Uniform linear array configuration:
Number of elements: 32
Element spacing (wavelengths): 1
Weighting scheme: cosine
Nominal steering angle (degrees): -60
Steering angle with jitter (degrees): -61.393
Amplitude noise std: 0.05
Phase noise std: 0.05

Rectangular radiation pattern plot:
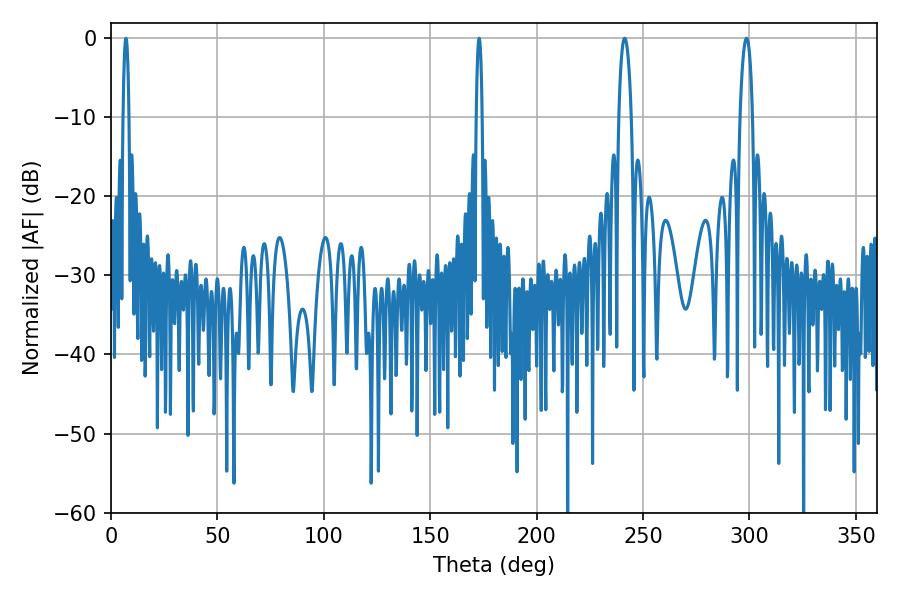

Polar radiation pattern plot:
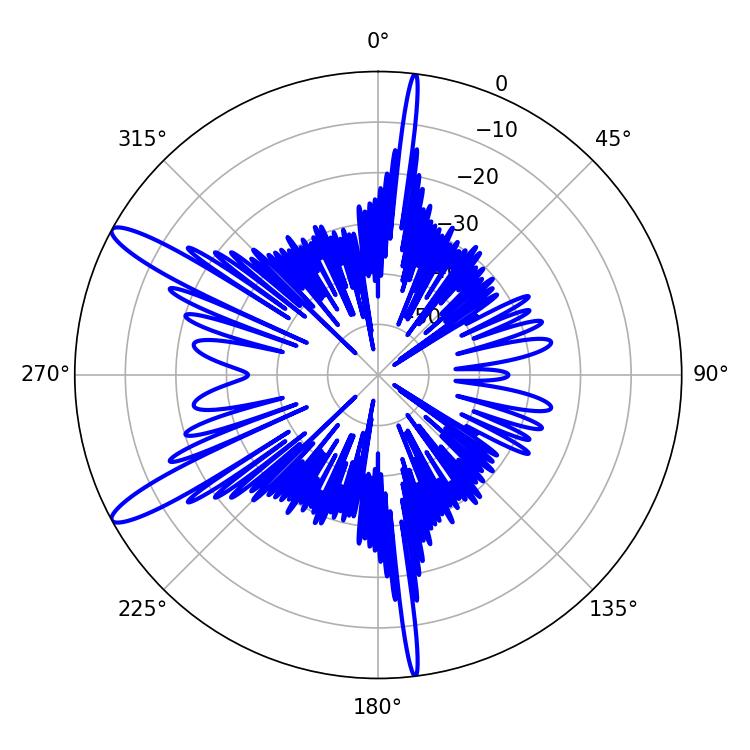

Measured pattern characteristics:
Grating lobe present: TRUE
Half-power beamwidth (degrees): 1.44
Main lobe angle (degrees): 7.02